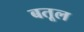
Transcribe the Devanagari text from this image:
बतूल